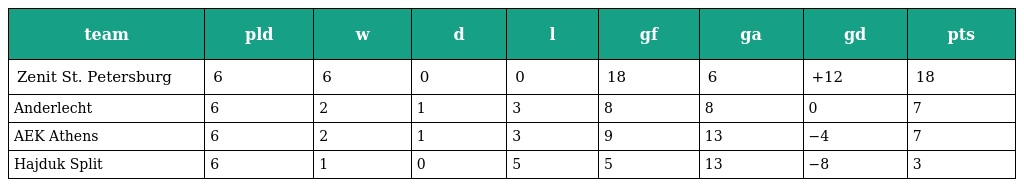
| team | pld | w | d | l | gf | ga | gd | pts |
 | --- | --- | --- | --- | --- | --- | --- | --- | --- |
 | Zenit St. Petersburg | 6 | 6 | 0 | 0 | 18 | 6 | +12 | 18 |
 | Anderlecht | 6 | 2 | 1 | 3 | 8 | 8 | 0 | 7 |
 | AEK Athens | 6 | 2 | 1 | 3 | 9 | 13 | −4 | 7 |
 | Hajduk Split | 6 | 1 | 0 | 5 | 5 | 13 | −8 | 3 |